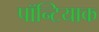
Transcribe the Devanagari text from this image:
पॉन्टियाक